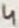
Text: 4